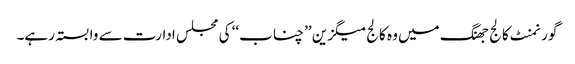
گورنمنٹ کالج جھنگ میں وہ کالج میگزین ’’ چناب‘‘ کی مجلس ادارت سے وابستہ رہے۔